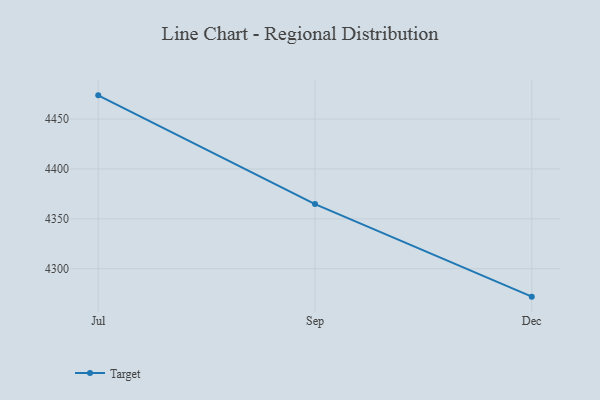
{"axis": {"x": "Month", "y": "Revenue (USD Million)"}, "legend": ["Target"], "data": [{"x": "Jul", "y": 4473.8, "type": "Target"}, {"x": "Sep", "y": 4364.8, "type": "Target"}, {"x": "Dec", "y": 4272.0, "type": "Target"}]}